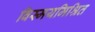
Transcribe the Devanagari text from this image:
विस्मयमिश्रित